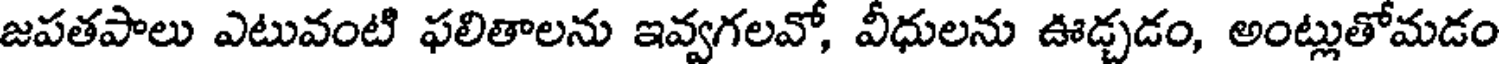
జపతపాలు ఎటువంటి ఫలితాలను ఇవ్వగలవో, వీధులను ఊడ్చడం, అంట్లుతోమడం